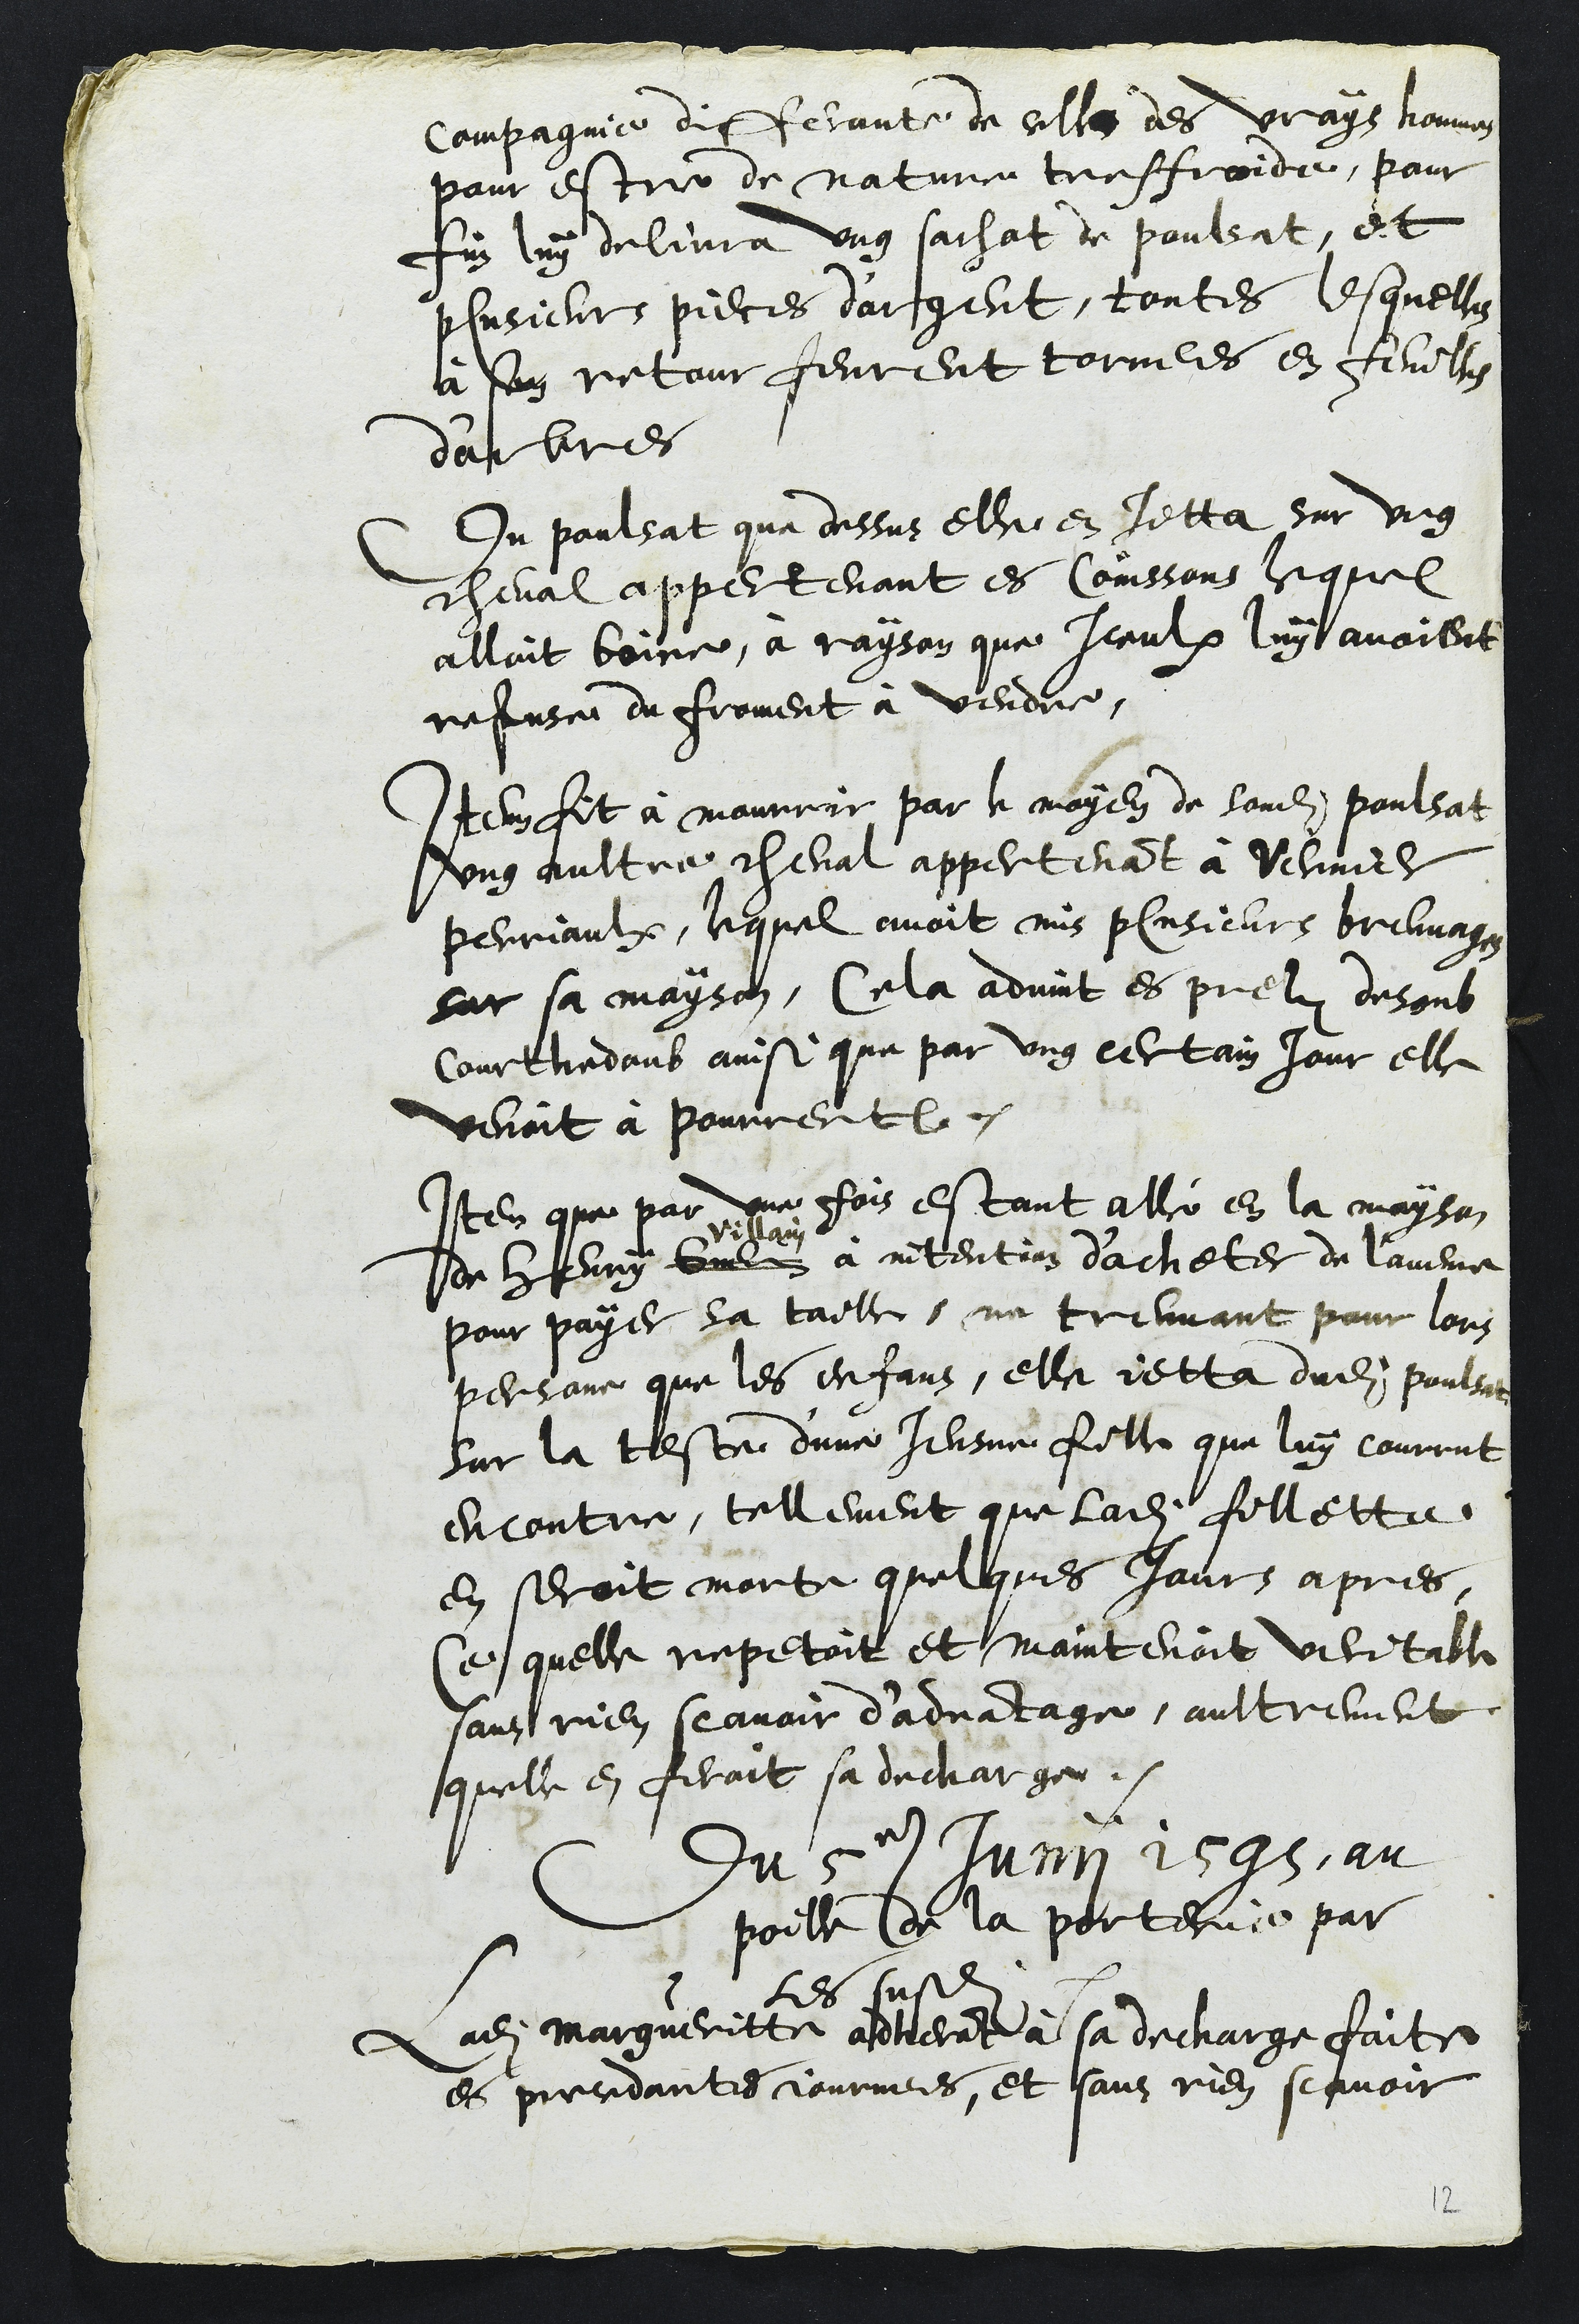
compagnie differante de celle des vrays hommes
pour estre de nature tresfroide, pour
fin luy delivra ung sachat de poulsat, et
plusieurs pieces d'argent, toutes lesquelles
à son retour feurent tornees en feuilles
d'arbres
Du poulsat que dessus elle en jetta sur ung
cheval appertenant es Coinssons lequel
alloit boirre, à rayson que Iceulx luy avoient
refuse du forment à vendre,
Item fit à mourrir par le moyen de sondit poulsat
ung aultre cheval appertenant à Vernier
Perriaulx, lequel avoit mis plusieurs breuvages
sur sa mayson, Cela advint es prelz disoub
Courthedoub ainsi que par ung certain jour elle
venoit à Pourrentruy.
Item que par une fois estant allé en la mayson
de Henry Guein
Villain
à intention d'acheter de l'avene
pour payer sa taille ne treuvant pour lors
persone que les enfans, elle jetta dudit poulsat
sur la teste d'une Jeusne fille que luy courrut
encontre, tellement que ladite fillette
en seroit morte quelques jours apres,
Ce quelle repetoit et maintenoit veritable
sans rien scavoir d’advantage, aultrement
quelle en feroit sa decharge.
Du 5e Junii 1595, au
poille de la porterie par
les susdits
Ladite Margueritte adherant à sa decharge faite
es precedantes journees, et sans rien scavoir